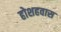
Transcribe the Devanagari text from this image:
होशहवास